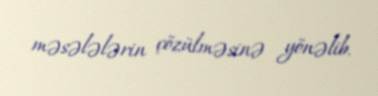
məsələlərin çözülməsinə yönəlib.